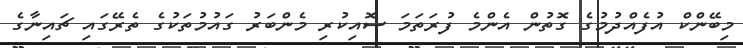
މިބޭންކް އުފެއްދުމުގެ ގޮތުން އެންމެ ފުރަތަމަ ސޮއިކުރި މެންބަރު ގައުމުތަކުގެ ތެރޭގައި ޗައިނާގެ